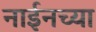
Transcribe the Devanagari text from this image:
नाईनच्या